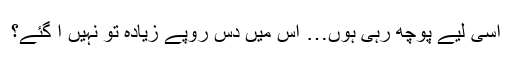
اسی لیے پوچھ رہی ہوں… اس میں دس روپے زیادہ تو نہیں آ گئے؟